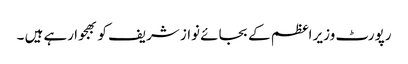
رپورٹ وزیر اعظم کے بجائے نواز شریف کو بھجوا رہے ہیں ۔